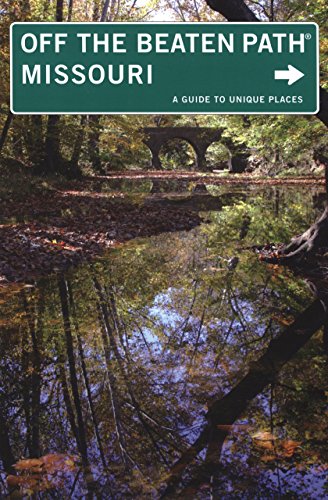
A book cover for Missouri Off the Beaten PathÂ®, 9th: A Guide to Unique Places (Off the Beaten Path Series); Patti DeLano; Travel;